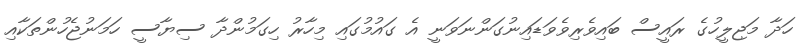
ހަދާ މަޖިލީހުގެ ރައީސް ބައިވެރިވެވަޑައިނުގަންނަވަނީ އެ ގައުމުގައި މިހާރު ހިގަމުންދާ ސިޔާސީ ހަމަނުޖެހުންތަކާއި